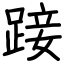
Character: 踥